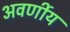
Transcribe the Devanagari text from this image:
अवर्णीय